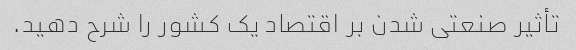
تأثیر صنعتی شدن بر اقتصاد یک کشور را شرح دهید.